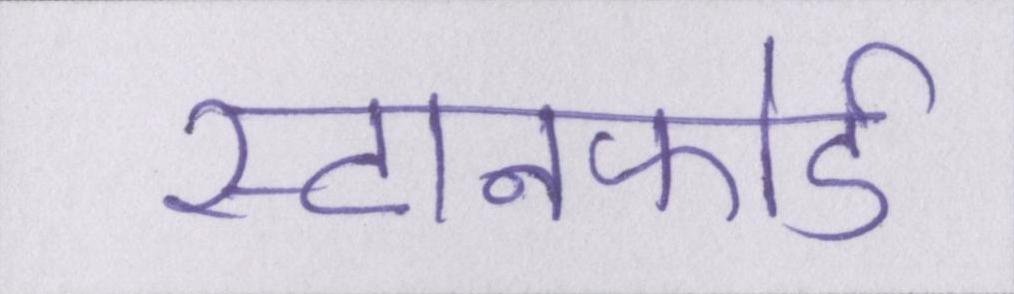
स्टानफोर्ड